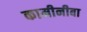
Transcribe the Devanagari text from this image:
कामीनीबा